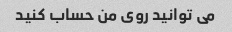
می توانید روی من حساب کنید